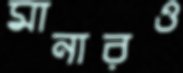
মানারও